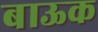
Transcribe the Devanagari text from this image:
बाऊक